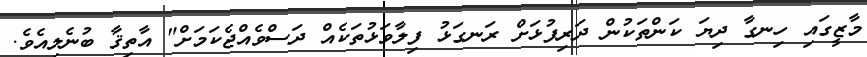
މާޒީގައި ހިނގާ ދިޔަ ކަންތަކުން ދަރިފުޅަށް ރަނގަޅު ފިލާވަޅުތަކެއް ދަސްވެއްޖެކަމަށް" އާތިޤާ ބުނެލިއެވެ.